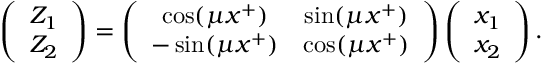
\left( \begin{array} { c } { { Z _ { 1 } } } \\ { { Z _ { 2 } } } \end{array} \right) = \left( \begin{array} { c c } { { \cos ( \mu x ^ { + } ) } } & { { \sin ( \mu x ^ { + } ) } } \\ { { - \sin ( \mu x ^ { + } ) } } & { { \cos ( \mu x ^ { + } ) } } \end{array} \right) \left( \begin{array} { c } { { x _ { 1 } } } \\ { { x _ { 2 } } } \end{array} \right) .